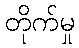
တိုက်မှု